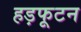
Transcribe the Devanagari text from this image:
हड़फूटन